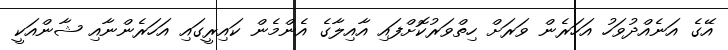
އޭގެ އަނެއްދުވަހު އަހަރެން ވަރަށް ހިތްވަރުކޮށްފައި އާއިލާގެ އެންމެން ކައިރީގައި އަހަރެންނާއި ޝާންއަކީ